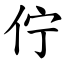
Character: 佇